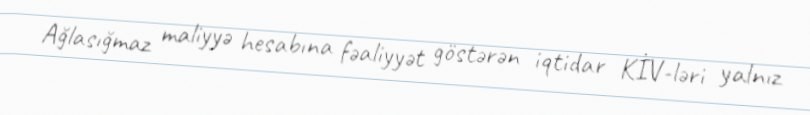
Ağlasığmaz maliyyə hesabına fəaliyyət göstərən iqtidar KİV-ləri yalnız